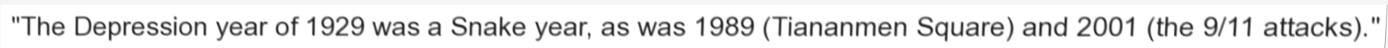
"The Depression year of 1929 was a Snake year, as was 1989 (Tiananmen Square) and 2001 (the 9/11 attacks)."